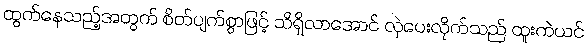
ထွက်နေသည့်အတွက် စိတ်ပျက်စွာဖြင့် သိရှိလာအောင် လှဲပေးလိုက်သည် ထူးကဲယင်